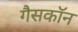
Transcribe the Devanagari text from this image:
गैसकॉन